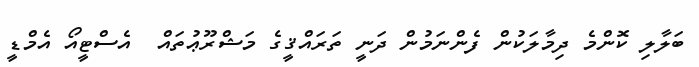
ބަލާލި ކޮންމެ ދިމާލަކުން ފެންނަމުން ދަނީ ތަރައްޤީގެ މަޝްރޫޢުތައް  އެސްޓީއޯ އެމްޑީ